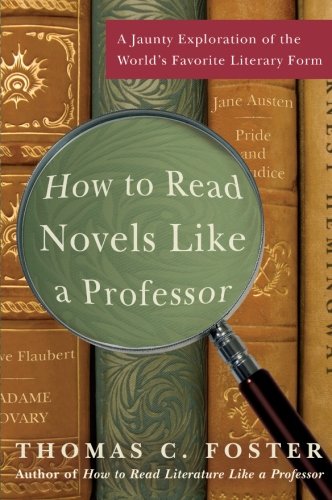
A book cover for How to Read Novels Like a Professor: A Jaunty Exploration of the World's Favorite Literary Form; Thomas C. Foster; Literature & Fiction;